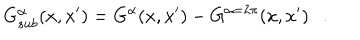
LaTeX: G _ { s u b } ^ { \alpha } ( x , x ^ { \prime } ) = G ^ { \alpha } ( x , x ^ { \prime } ) - G ^ { \alpha = 2 \pi } ( x , x ^ { \prime } ) .